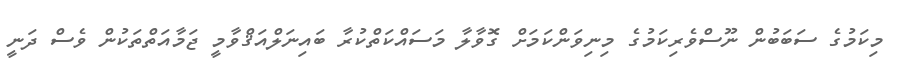
މިކަމުގެ ސަބަބުން ނޫސްވެރިކަމުގެ މިނިވަންކަމަށް ގޮވާލާ މަސައްކަތްކުރާ ބައިނަލްއަޤްވާމީ ޖަމާއަތްތަކުން ވެސް ދަނީ